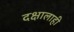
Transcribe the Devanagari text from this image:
दक्षालाही